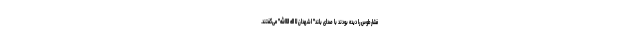
فشارطوس را دیده بودند با صدای بلند" اشهدان لا اله الا‌الله" می‌گفتند.